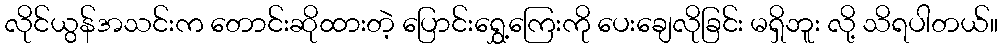
လိုင်ယွန်အသင်းက တောင်းဆိုထားတဲ့ ပြောင်းရွှေ့ကြေးကို ပေးချေလိုခြင်း မရှိဘူး လို့ သိရပါတယ်။